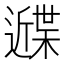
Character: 𰻙